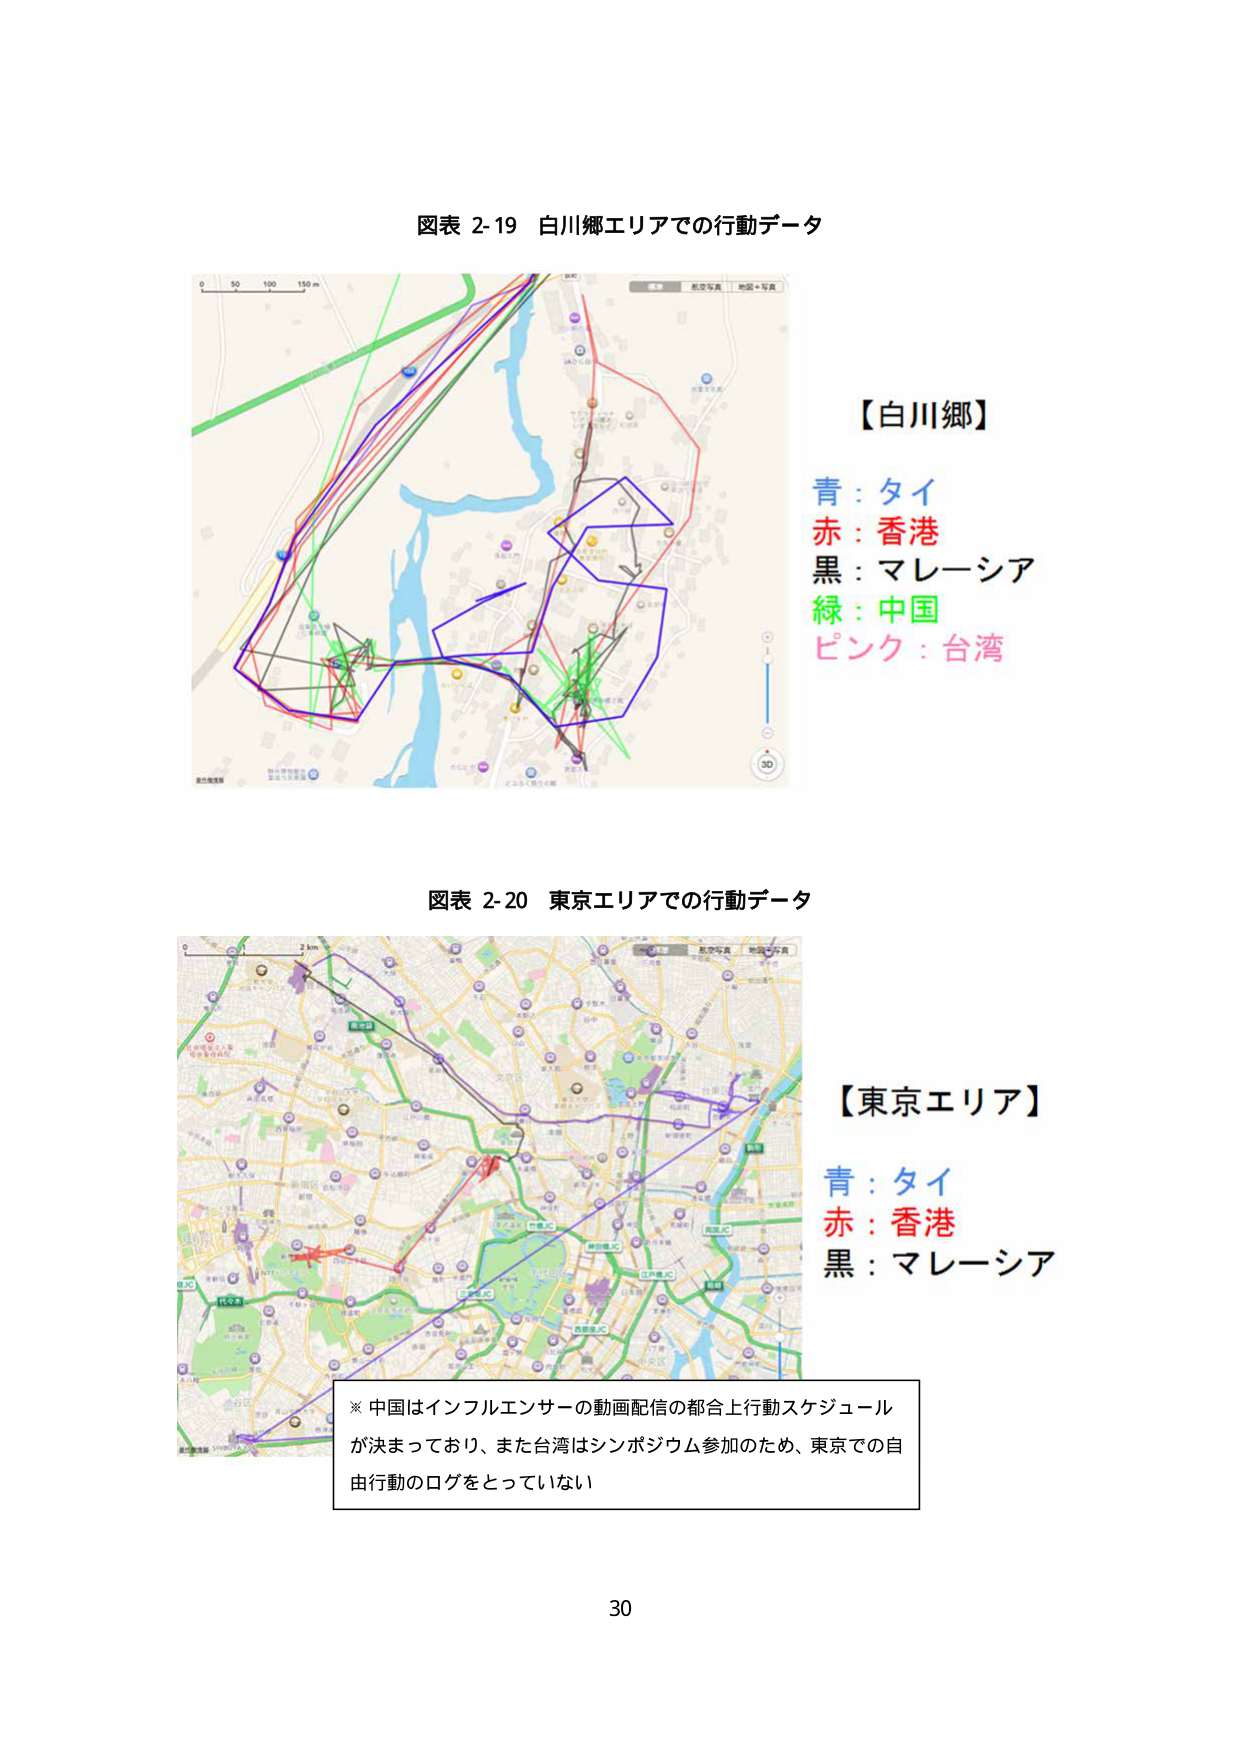
図表 2-19 白川郷エリアでの行動データ

【白川郷】
青：タイ
赤：香港
黒：マレーシア
緑：中国
ピンク：台湾

図表 2-20 東京エリアでの行動データ

【東京エリア】
青：タイ
赤：香港
黒：マレーシア

※中国はインフルエンサーの動画配信の都合上行動スケジュールが決まっており、また台湾はシンポジウム参加のため、東京での自由行動のログをとっていない

30